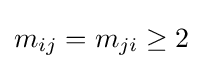
m_{ij}=m_{ji}\geq 2